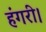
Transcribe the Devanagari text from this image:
हंगरी।